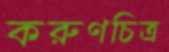
করুণচিত্র